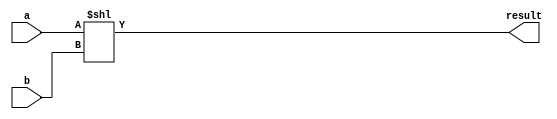
module ShiftL (input [31:0] a, b, output [31:0] result);

	assign result = a << b;

endmodule